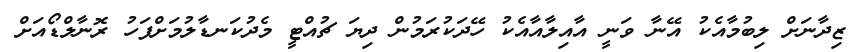
ޒިދާނަށް ލިބުމާއެކު އޭނާ ވަނީ އާއިލާއާއެކު ހޭދަކުރަމުން ދިޔަ ޗުއްޓީ މެދުކަނޑާލުމަށްފަހު ރޮނާލްޑޯއަށް